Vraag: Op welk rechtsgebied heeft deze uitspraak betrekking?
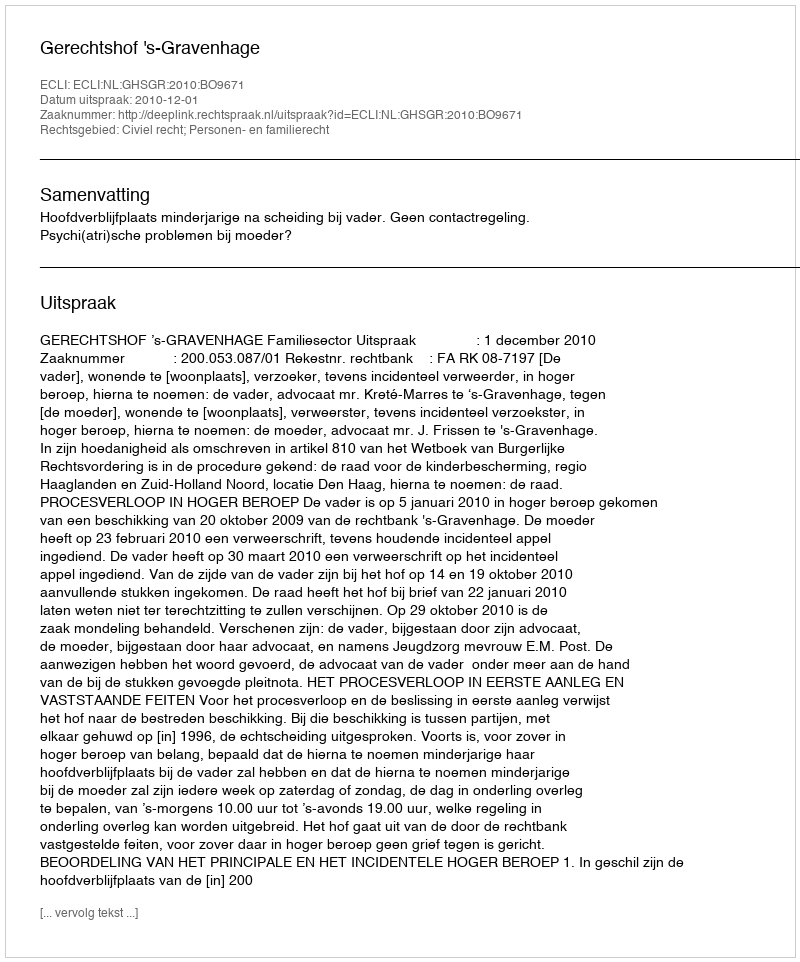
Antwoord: Civiel recht; Personen- en familierecht